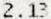
2.13